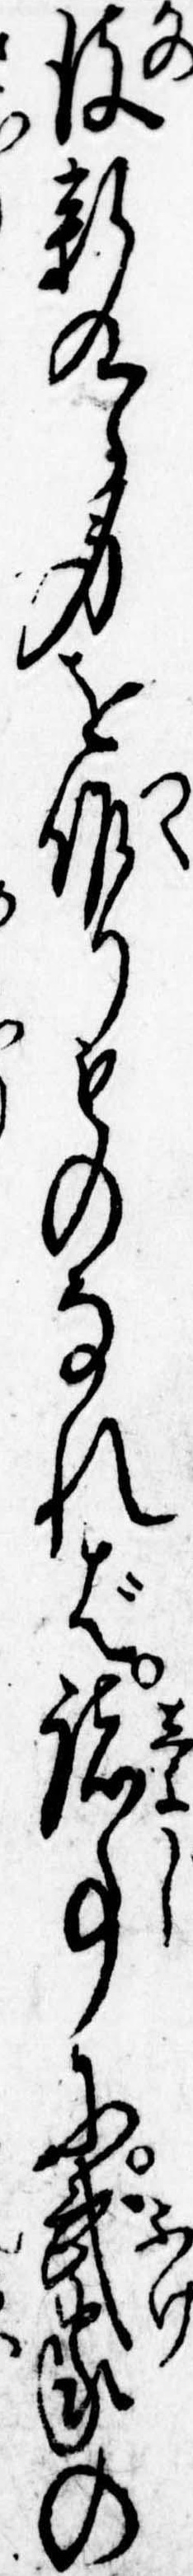
彼新九郎身を作りものなれば諸事に武家の